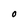
Character: O